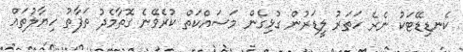
ކެނޑިޑޭޓަކު ނެރެ ހަތަރު ލީޑަރުން ގުޅިގެން މަސައްކަތް ކުރެވޭނެ ގޮތާމެދު ތަފާތު ހިޔާލުތައް